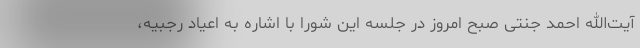
آیت‌الله احمد جنتی صبح امروز در جلسه این شورا با اشاره به اعیاد رجبیه،